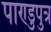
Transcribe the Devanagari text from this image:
पाण्डुपुत्र